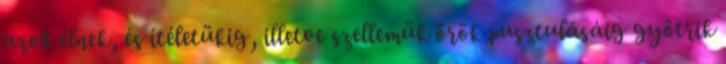
azok élnek, és ítéletükig, illetve szellemük örök pusztulásáig gyötrik